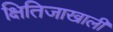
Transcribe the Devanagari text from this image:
क्षितिजाखाली